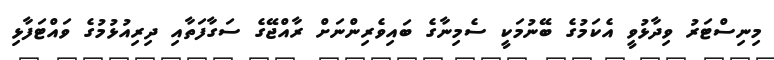
މިނިސްޓަރު ވިދާޅުވީ އެކަމުގެ ބޭނުމަކީ ސެމިނާގެ ބައިވެރިންނަށް ރާއްޖޭގެ ސަގާފަތާއި ދިރިއުޅުމުގެ ވައްޓަފާޅި